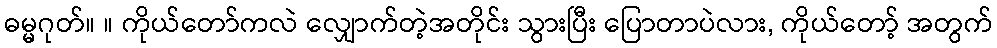
ဓမ္မဂုတ်။ ။ ကိုယ်တော်ကလဲ လျှောက်တဲ့အတိုင်း သွားပြီး ပြောတာပဲလား, ကိုယ်တော့် အတွက်